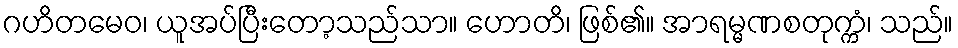
ဂဟိတမေဝ၊ ယူအပ်ပြီးတော့သည်သာ။ ဟောတိ၊ ဖြစ်၏။ အာရမ္မဏစတုက္ကံ၊ သည်။